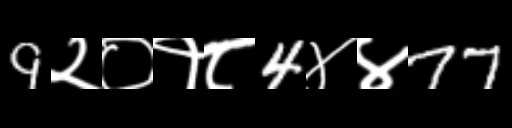
Text: 9२०१८4४४77